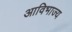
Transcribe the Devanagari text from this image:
आविभाज्य